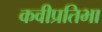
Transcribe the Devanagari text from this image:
कवीप्रतिभा